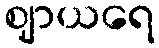
ဈာယရေ